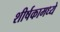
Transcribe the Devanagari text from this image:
शीर्षकामध्ये